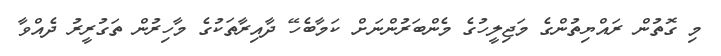
މި ގޮތުން ރައްޔިތުންގެ މަޖިލީހުގެ މެންބަރުންނަށް ކަމާބެހޭ ދާއިރާތަކުގެ މާހިރުން ތަގުރީރު ދެއްވާ